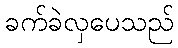
ခက်ခဲလှပေသည်